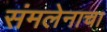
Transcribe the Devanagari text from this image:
संमलेनाचा